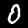
Label: 0